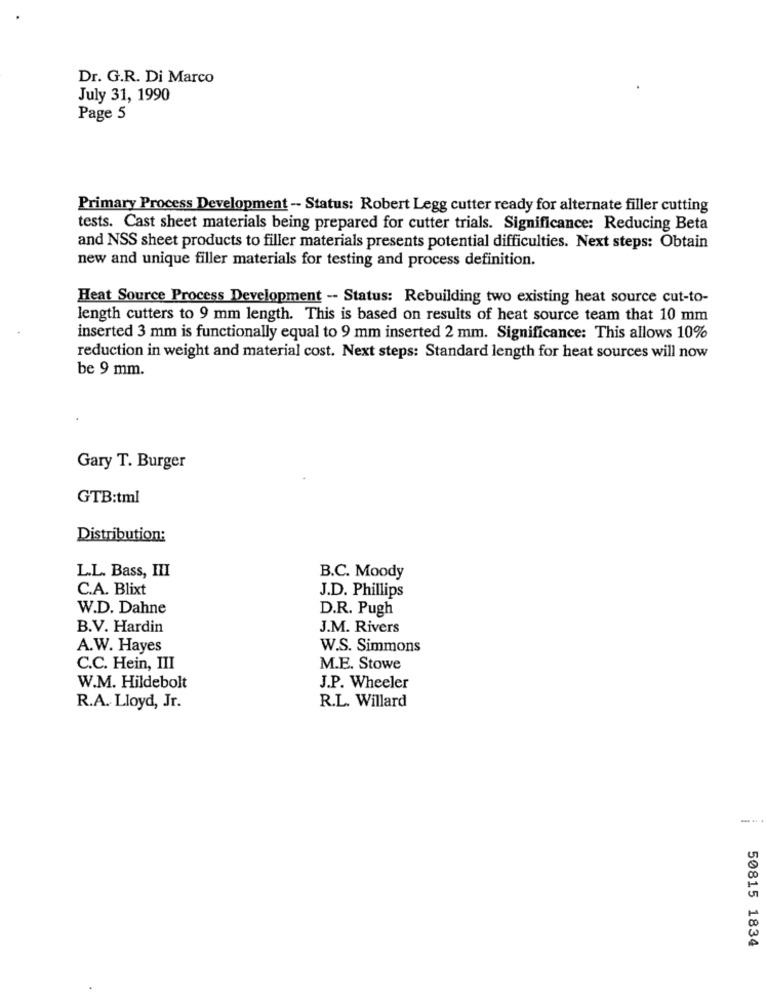
Dr. G.R. Di Marco
July 31, 1990
Page 5
Primary Process Development - Status: Robert Legg cutter ready for alternate filler cutting
tests. Cast sheet materials being prepared for cutter trials. Significance: Reducing Beta
and NSS sheet products to filler materials presents potential difficulties. Next steps: Obtain
new and unique filler materials for testing and process definition.
Heat Source Process Development -- Status: Rebuilding two existing heat source cut-to-
length cutters to 9 mm length. This is based on results of heat source team that 10 mm
inserted 3 mm is functionally equal to 9 mm inserted 2 mm. Significance: This allows 10%
reduction in weight and material cost. Next steps: Standard length for heat sources will now
be 9 mm.
Gary T. Burger
GTB:tml
Distribution:
L.L. Bass, III
B.C. Moody
C.A. Blixt
J.D. Phillips
W.D. Dahne
D.R. Pugh
B.V. Hardin
J.M. Rivers
A.W. Hayes
W.S. Simmons
C.C. Hein, III
M.E. Stowe
W.M. Hildebolt
J.P. Wheeler
R.L. Willard
R.A. Lloyd, Jr.
50815 1834